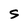
Character: S